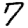
Digit: 7